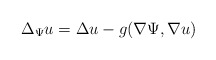
\begin{align*} \Delta_{\Psi} u = \Delta u - g(\nabla \Psi,\nabla u) \end{align*}